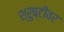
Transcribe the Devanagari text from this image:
श्रुष्टीवर